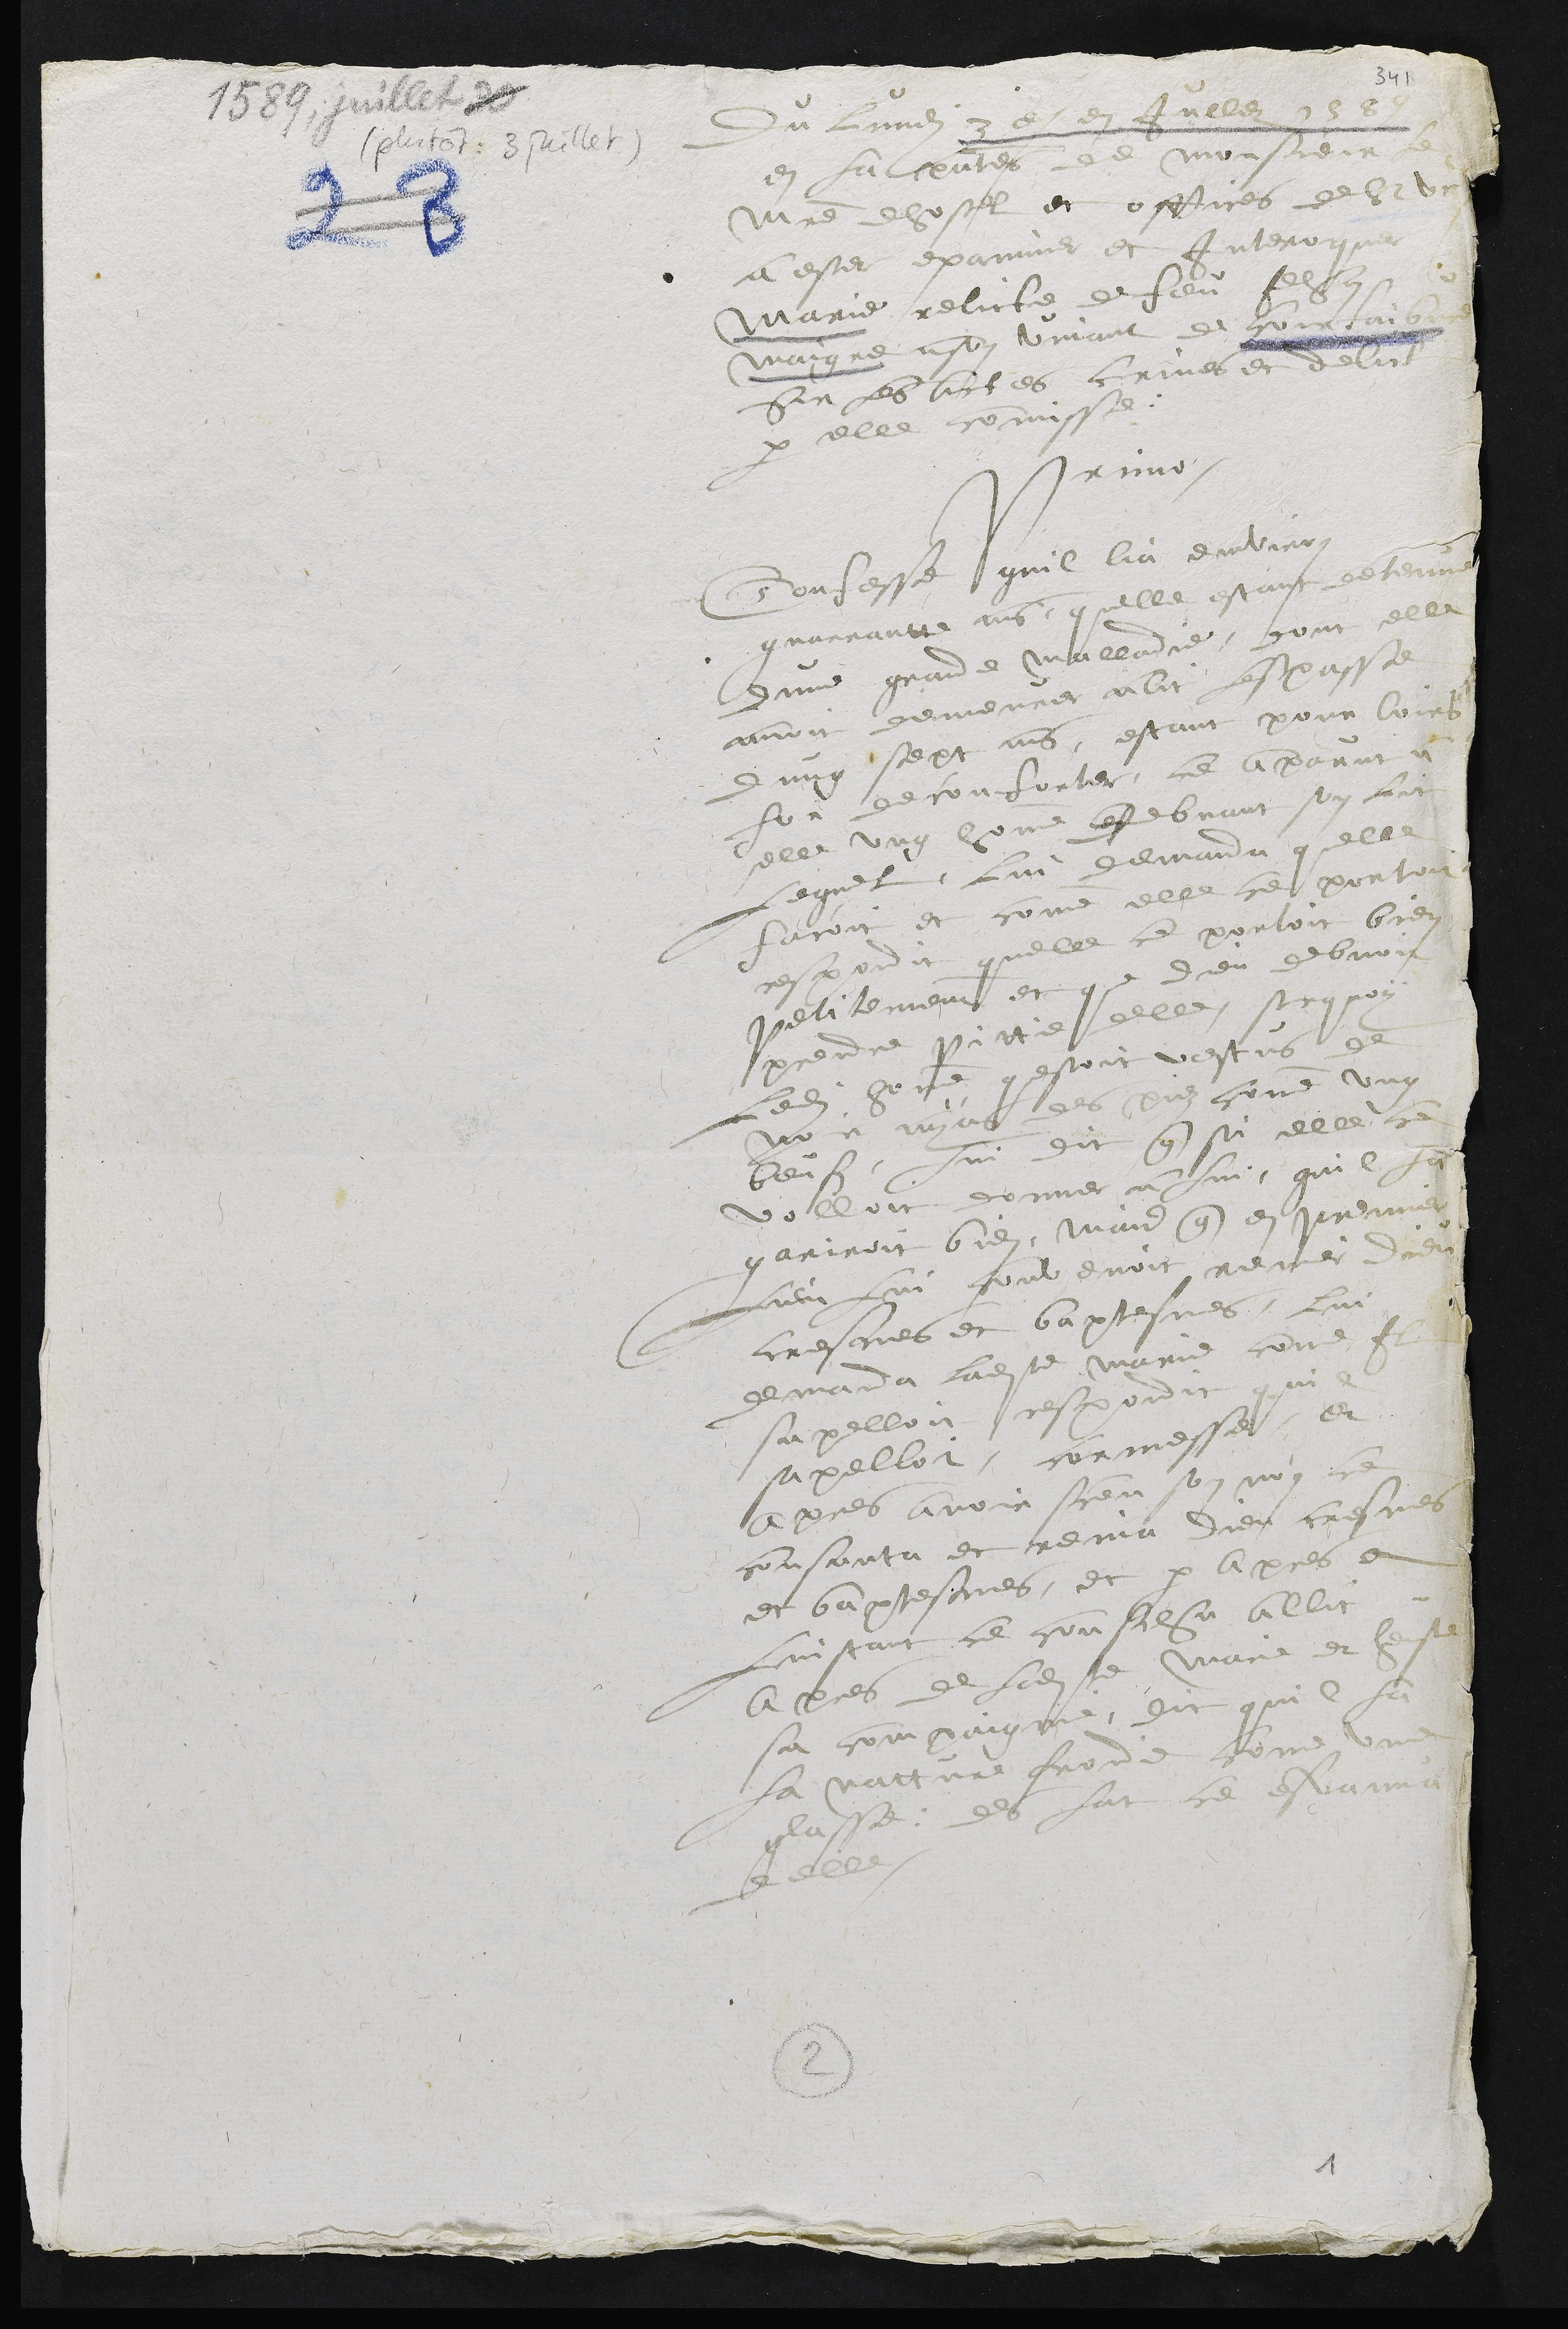
Du Lundi 3e en Jullez 1588
en la presences de monsieur le
maistre dhostel et officiers de St Ursanne
a ester examiner et Interoguer
Marie relicte de feu Jehan
Maigre a son vivant de courfaibvre
Sur les actes crimes et delict
par elle commisse.
Primo
Confesse quil lia environ
quarante ans quelle estant detenue
dune grande malladie, dont elle
avoit demeurer alit lespasse
dung sept ans, estant pour loirs
for deconforter, ce apparut a
elle ung homme debvant son lit
lequel lui demanda quelle
facoit, et comme elle ce portoit
respondit quelle ce portoit bien
petitement et que dieu debvoir
prendre pittie elle, sur quoy
ledit homme questoit vestus de
noir ayans des piez comme ung
beufs, lui dit que si elle ce
volloit donner a lui, quil la
gariroit bien, mais que en premier
Lieu lui convenoit renier Dieu
cresmes et baptesmes, lui
demanda ladite Marie come Il
sapelloit respondit quil
sapelloit cormesse et
apres avoir sceu son nom ce
consanta et renia dieu cresmes
et baptesmes, et par apres a
Linstant ce couscha allit
apres de ladite Marie, et heust
sa compaignie, dit quil la
la natture froide come une
glasse : des lat se esvanouit
delle
2
1